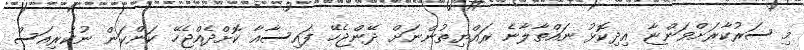
މި ސަރުކާރަށްވަންޏާ އިދިކޮޅު ނައްތާލާނެ ރައްޔިތުންނަށް ދޭންޖެހޭ ފައިސާއާ ކޮށްދެއްޖެހޭ ކަންކަން ނުކުރިއަސް